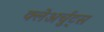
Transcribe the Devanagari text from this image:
क्लेअर्चुट्स